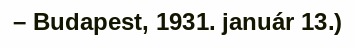
– Budapest, 1931. január 13.)